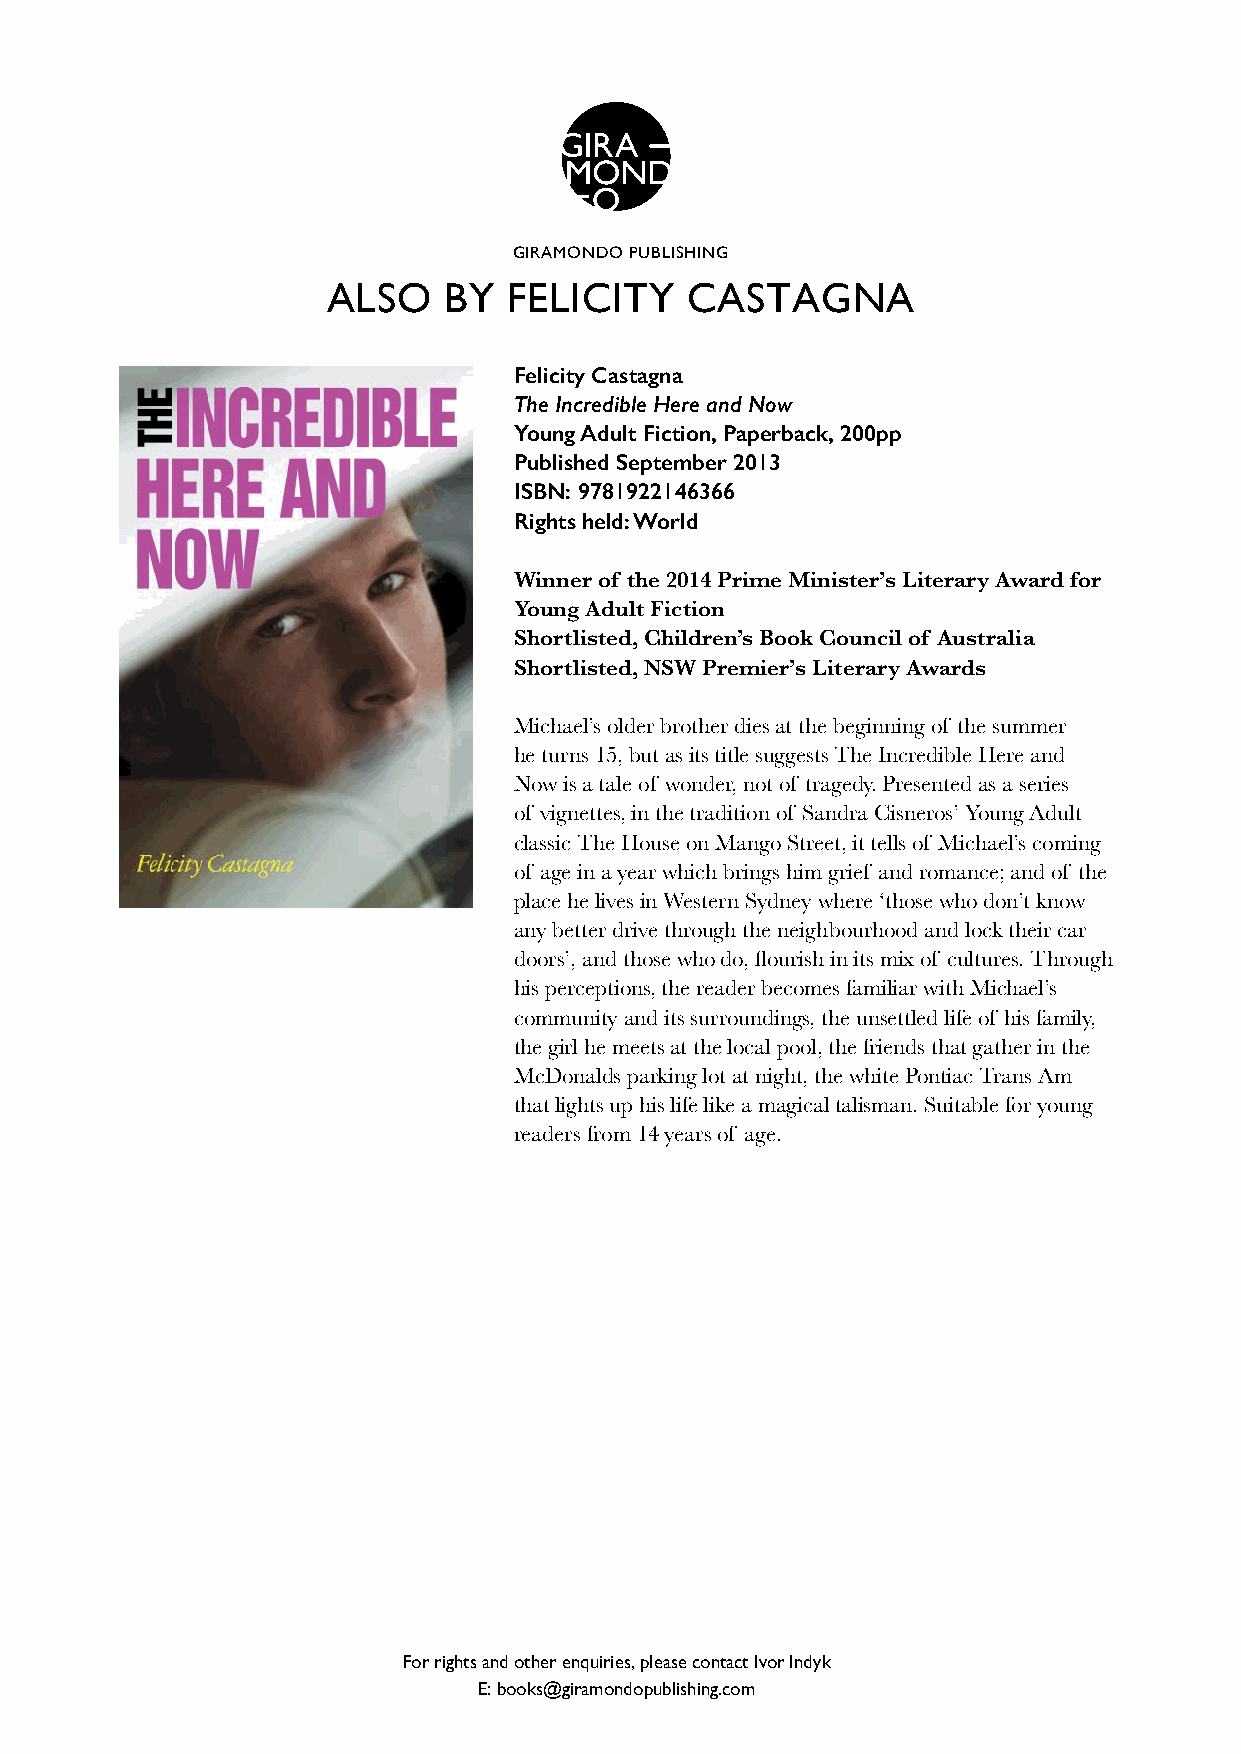
GIRAMONDO PUBLISHING
 ALSO   BY   FELICITY   CASTAGNA
 Felicity Castagna
 The Incredible Here and Now
 Young Adult Fiction, Paperback, 200pp
 Published September 2013
 ISBN: 9781922146366
 Rights held: World
 Winner of the 2014 Prime Minister’s Literary Award for
 Young Adult Fiction
 Shortlisted, Children’s Book Council of Australia
 Shortlisted, NSW Premier’s Literary Awards
 Michael’s older brother dies at the beginning of the summer
 he turns 15, but as its title suggests The Incredible Here and
 Now is a tale of wonder, not of tragedy. Presented as a series
 of vignettes, in the tradition of Sandra Cisneros’ Young Adult
 classic The House on Mango Street, it tells of Michael’s coming
 of age in a year which brings him grief and romance; and of the
 place he lives in Western Sydney where ‘those who don’t know
 any better drive through the neighbourhood and lock their car
 doors’, and those who do, flourish in its mix of cultures. Through
 his perceptions, the reader becomes familiar with Michael’s
 community and its surroundings, the unsettled life of his family,
 the girl he meets at the local pool, the friends that gather in the
 McDonalds parking lot at night, the white Pontiac Trans Am
 that lights up his life like a magical talisman. Suitable for young
 readers from 14 years of age.
 For rights and other enquiries, please contact Ivor Indyk
 E: books@giramondopublishing.com